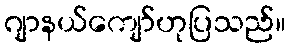
ဂျာနယ်ကျော်ဟုပြသည်။